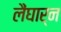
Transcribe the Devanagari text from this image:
लैंघार्न